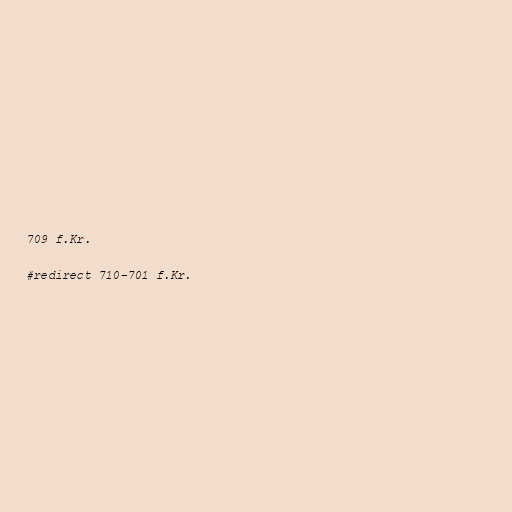
709 f.Kr.

#redirect 710–701 f.Kr.